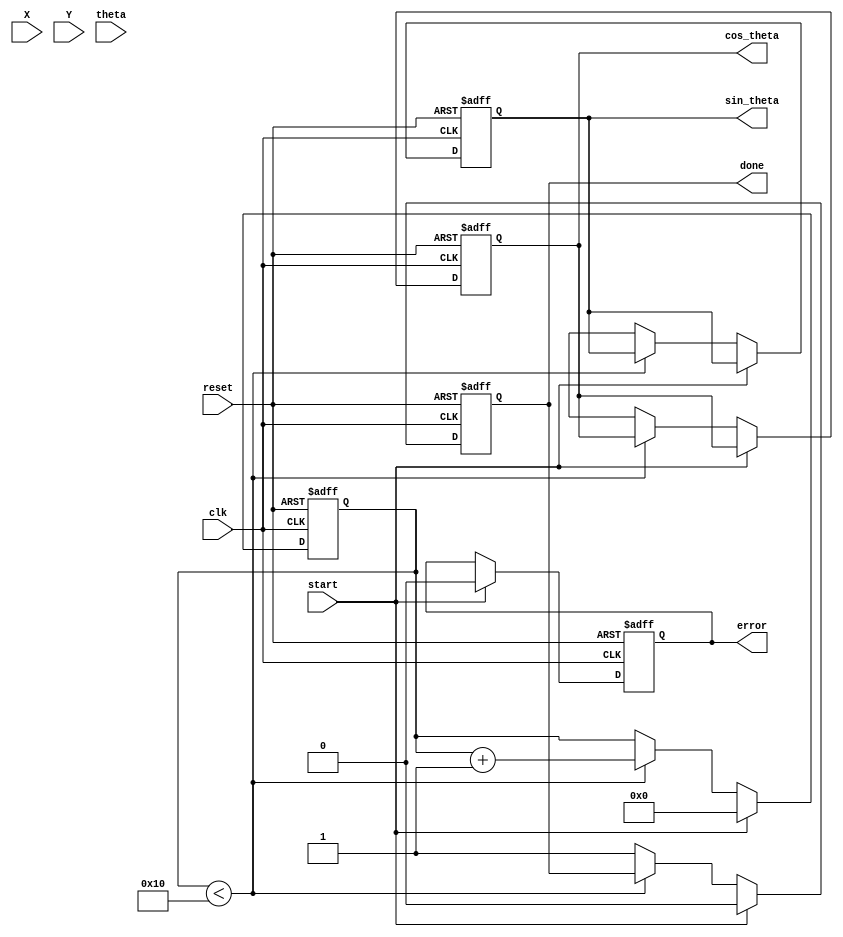
module cordic_fp (
    input wire clk,
    input wire reset,
    input wire [31:0] X, // IEEE 754 single-precision floating-point input
    input wire [31:0] Y, // IEEE 754 single-precision floating-point input
    input wire [31:0] theta, // Angle in radians (IEEE 754)
    input wire start,
    output reg [31:0] cos_theta, // Output cosine value
    output reg [31:0] sin_theta, // Output sine value
    output reg done,
    output reg error
);

    parameter NUM_ITERATIONS = 16; // Number of CORDIC iterations
    reg [31:0] x[0:NUM_ITERATIONS-1];
    reg [31:0] y[0:NUM_ITERATIONS-1];
    reg [31:0] z[0:NUM_ITERATIONS-1];
    reg [4:0] iteration;
    reg [31:0] atan_table[0:NUM_ITERATIONS-1]; // Lookup table for arctangent values

    // Initialize arctangent values (in radians)
    initial begin
        atan_table[0] = 32'h3F000000; // atan(1) = /4
        atan_table[1] = 32'h3E2AAAAB; // atan(0.5) = /6
        atan_table[2] = 32'h3DCCCCCD; // atan(0.333...) = /12
        // ... Fill in the rest of the atan_table values
    end

    // CORDIC iteration logic
    always @(posedge clk or posedge reset) begin
        if (reset) begin
            iteration <= 0;
            done <= 0;
            error <= 0;
            cos_theta <= 0;
            sin_theta <= 0;
        end else if (start) begin
            // Initialize inputs
            x[0] <= X;
            y[0] <= Y;
            z[0] <= theta;
            iteration <= 0;
            done <= 0;
            error <= 0;
        end else if (iteration < NUM_ITERATIONS) begin
            // CORDIC rotation logic
            if (z[iteration] < 0) begin
                // Rotate clockwise
                x[iteration + 1] <= x[iteration] + (y[iteration] >> iteration);
                y[iteration + 1] <= y[iteration] - (x[iteration] >> iteration);
                z[iteration + 1] <= z[iteration] + atan_table[iteration];
            end else begin
                // Rotate counterclockwise
                x[iteration + 1] <= x[iteration] - (y[iteration] >> iteration);
                y[iteration + 1] <= y[iteration] + (x[iteration] >> iteration);
                z[iteration + 1] <= z[iteration] - atan_table[iteration];
            end
            iteration <= iteration + 1;
        end else begin
            // Final output after iterations
            cos_theta <= x[NUM_ITERATIONS];
            sin_theta <= y[NUM_ITERATIONS];
            done <= 1;
        end
    end

endmodule